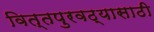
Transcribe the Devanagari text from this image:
वित्तपुरवठ्यासाठी